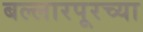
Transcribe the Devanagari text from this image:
बल्लारपूरच्या